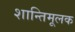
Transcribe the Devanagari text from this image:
शान्तिमूलक